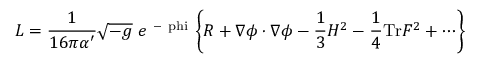
{ \cal L } = \frac { 1 } { 1 6 \pi \alpha ^ { \prime } } \sqrt { - g } \ e ^ { \mathrm { ~ - \ p h i ~ } } \Biggl \{ R + \nabla \phi \cdot \nabla \phi - { \frac { 1 } { 3 } } H ^ { 2 } - \frac { 1 } { 4 } \mathrm { T r } F ^ { 2 } + \cdots \Biggr \}